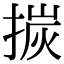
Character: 㨏